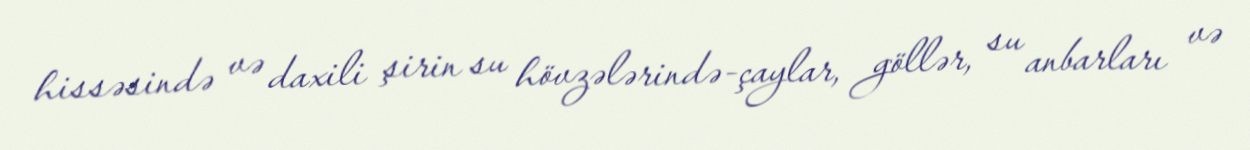
hissəsində və daxili şirin su hövzələrində-çaylar, göllər, su anbarları və